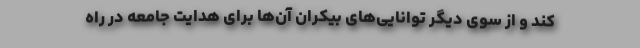
کند و از سوی دیگر توانایی‌های بیکران آن‌ها برای هدایت جامعه در راه